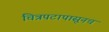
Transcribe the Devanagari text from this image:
चित्रपटापासूनच